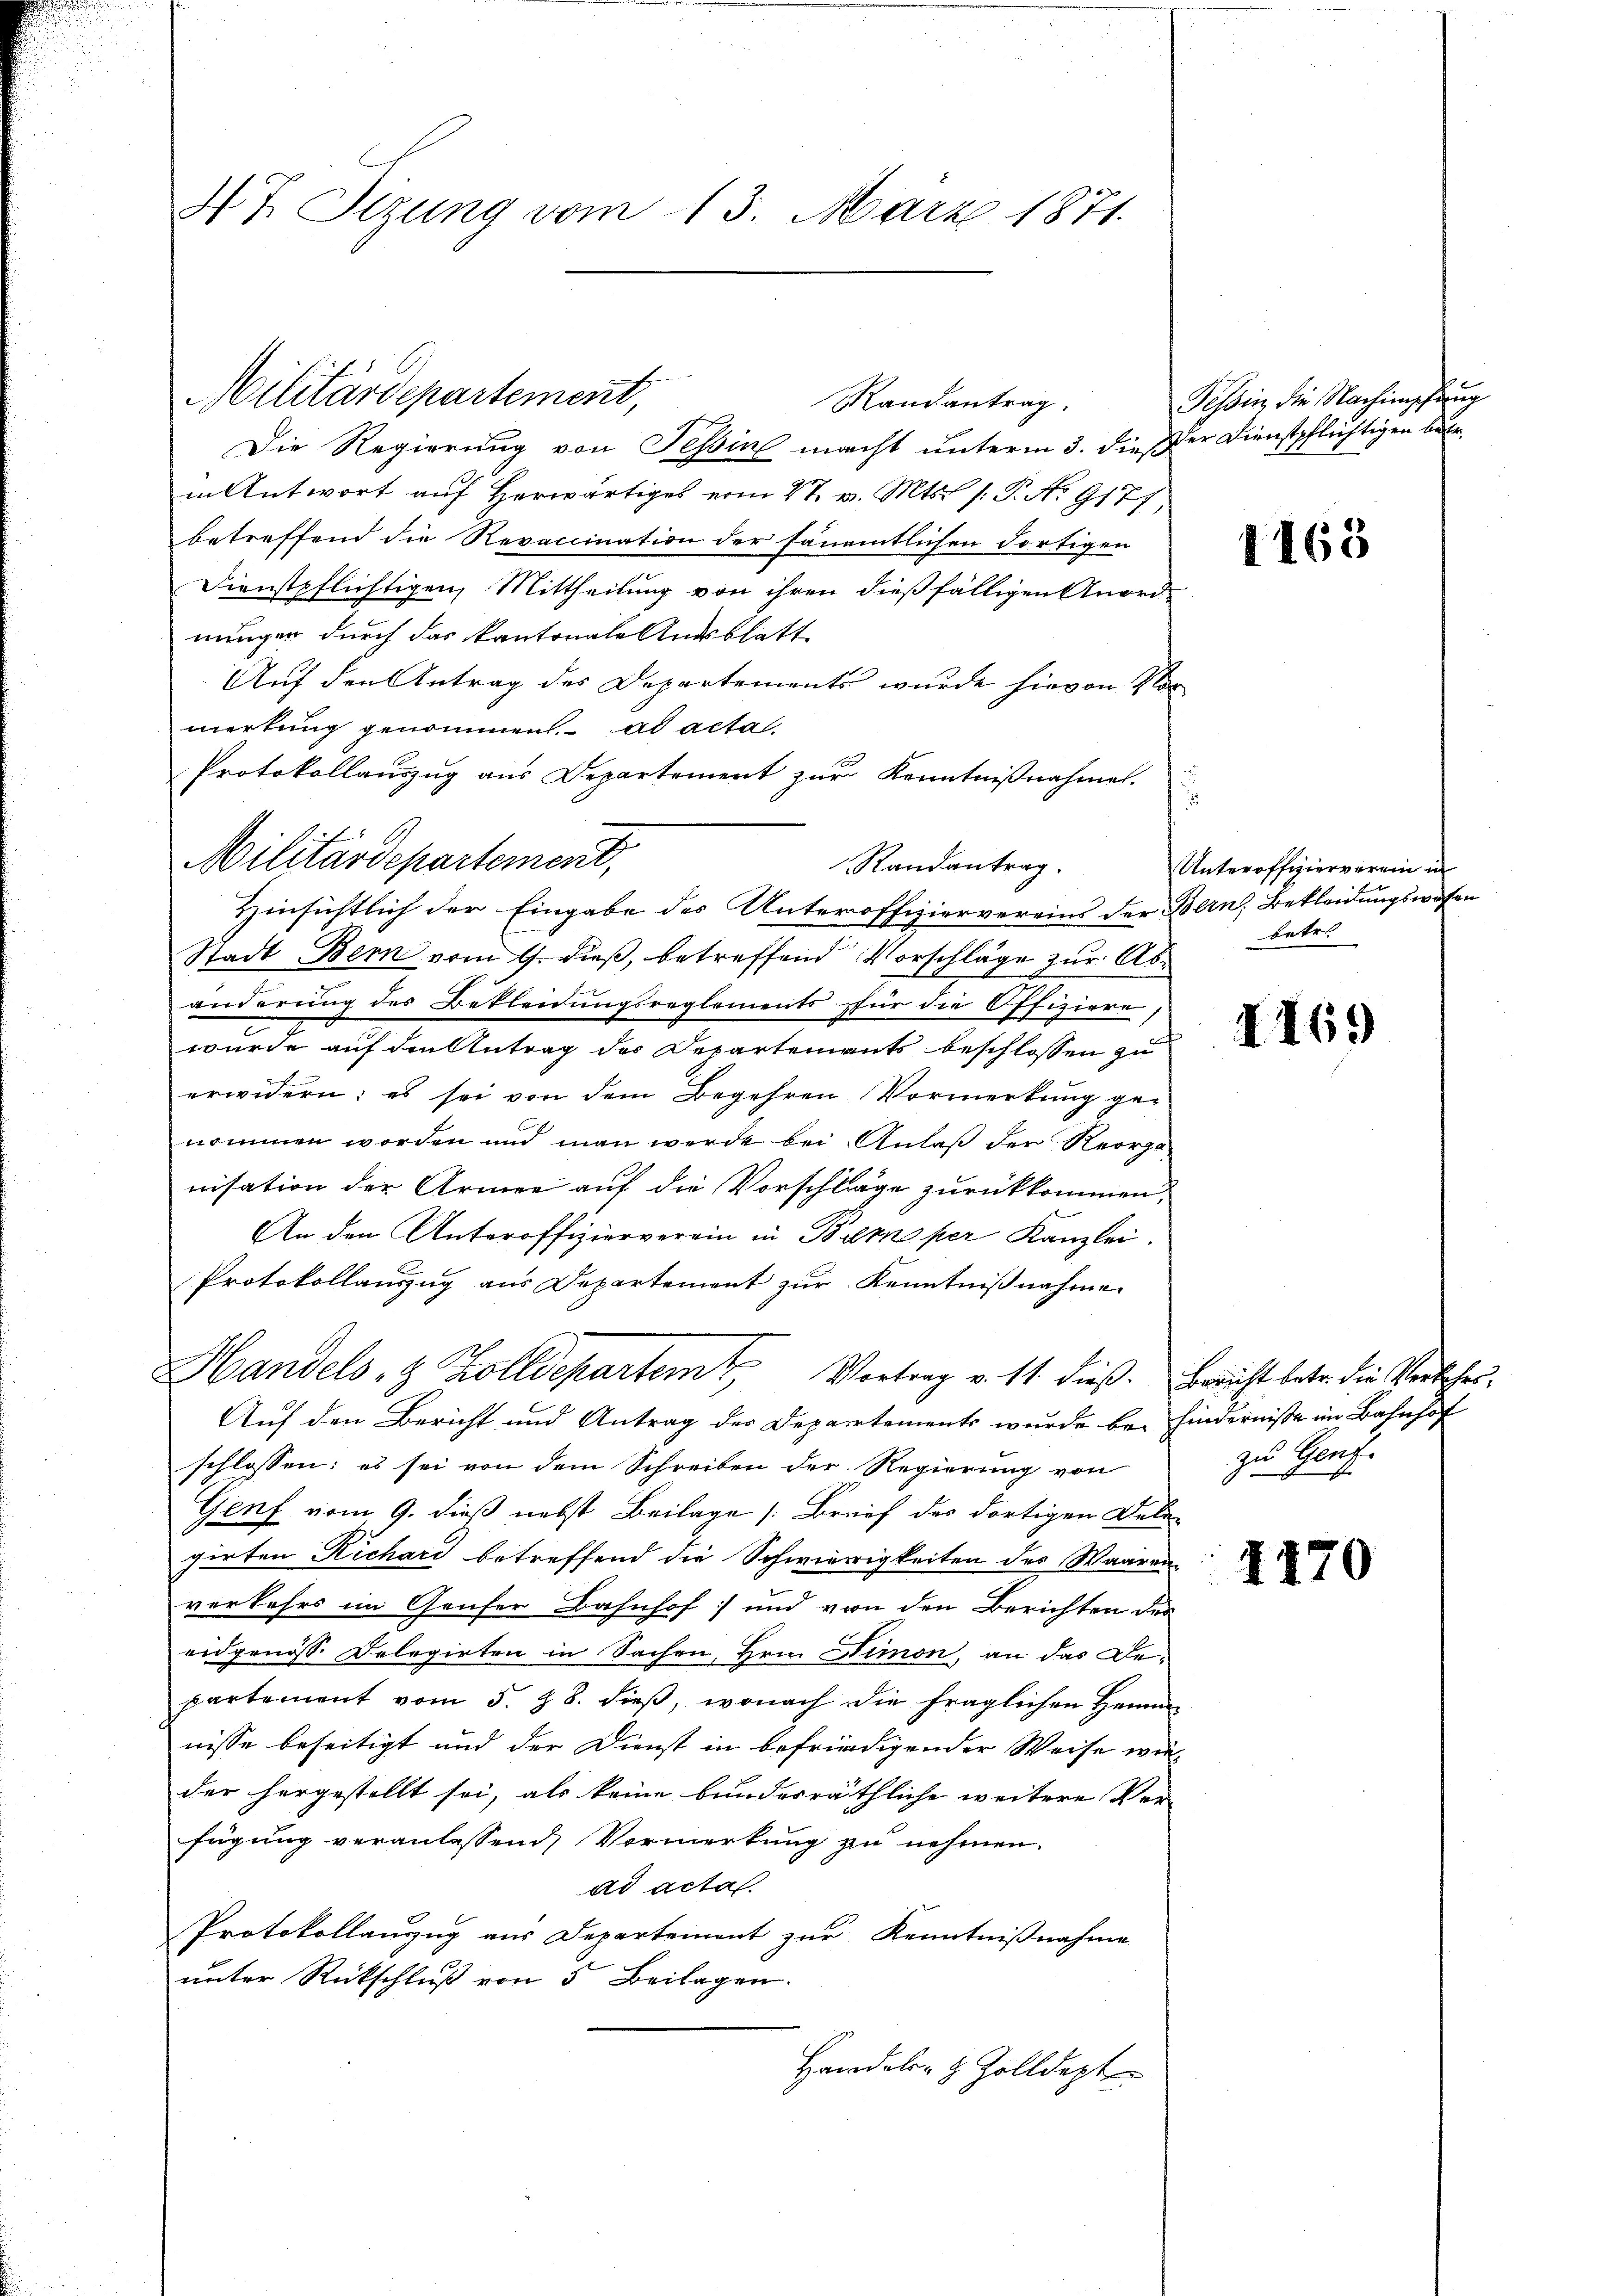
47. Sizung vom 13. März 1871.

Militärdepartement

Militärdepartement,

Randantrag.
Die Regierung von Tessin macht unterm 3. dieß
in Antwort auf herwärtiges vom 27. v. Mts. /: P. No. 9177
betreffend die Revaccination der fanamtlichen dortigen
Dienstpflichtigen, Mittheilung von ihren dießfälligen Anor
nungen durch das kantonale Ausblatt
Auf den Antrag des Departements wurde hievon 4.
merkung genommen. ad actal-
Protokollauszug aus Departement zur Kenntnißnahme.
Hinsichtlich der Eingabe des Unteroffiziervereins der
Stadt Bern vom 9. dieß, betreffend Vorschläge zur A
änderung des Bekleidungsreglements für die Offiziere
wurde auf den Antrag der Departements beschlossen zu
erwidern; es sei von dem Begehren Vormerkung ge
nommen worden und man werde bei Anlaß der Reornisation der Armee auf die Vorschläge zurückkommen
An den Unteroffizierverein in Bern per Kanzlei
Protokollauszug aus Departement zur Kenntnißnahme
Handels- & Zolldepartem Vortrag v. 11. dieß.
Auf den Bericht und Antrag des Departements wurde be-
schlossen: es sei von dem Schreiben der Regierung von
Genf vom 9. dieß nebst Beilage [Brief des dortigen De
girten Richart betreffend die Schwierigkeiten des Waare
verkehrs im Genfer Bahnhof und von den Berichten d
eidgenos Delegirten in Sachen, Hrn. Simon, an das Departement vom 5. Z. 8. dieß, wonach die fraglichen Hein
nisse beseitigt und der Dienst in befriedigender Weise w
der hergestellt sei, als keine bundesräthliche weitere Re-
fügung veranlassend) Vormerkung zu nehmen.
ad acta.
Protokollanzug aus Departement zur Kenntnißnahme
unter Rückschluß von 5 Beilagen.
Handels- & Zolldept

Randantrag.

Tessin, die Nachimpfung
Der Dienstpflichtigen Betr

i

1168

u
Unteroffizierverein in
Bern, Bekleidungswesen
betes |
h

I169

Bericht betr. die Verkehrs.
hinderniße im Bahnhof
zu Genf.

1170